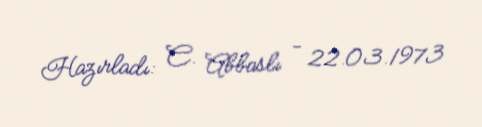
Hazırladı: C. Abbaslı - 22.03.1973